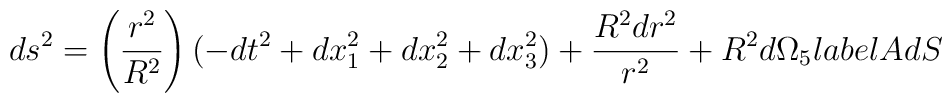
ds^2 = \left( \frac{r^2}{R^2} \right) (-dt^2 + dx_1^2 + dx_2^2 + dx_3^2) + \frac{R^2dr^2}{r^2}+ R^2 d\Omega_5\